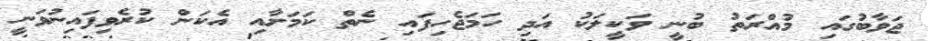
ޖަވާބުގައި މުއްރަތު ބުނީ ވަކީލަކު އަދި ހަމަޖެހިފައި ނެތް ކަމަށާއި އެކަން ކުރެވިފައިނުވަނީ